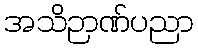
အသိဉာဏ်ပညာ